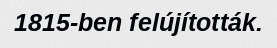
1815-ben felújították.